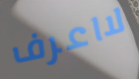
لااعرف